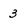
Character: 3